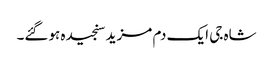
شاہ جی ایک دم مزید سنجیدہ ہوگئے۔